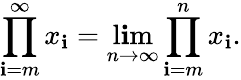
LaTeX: \prod_{\mathbf{i}=m}^{\infty}x_{\mathbf{i}}=\operatorname*{l\mathbf{i}m}_{n\to\infty}\prod_{\mathbf{i}=m}^{n}x_{\mathbf{i}}.